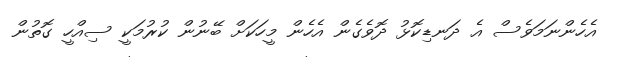
އެހެންނަމަވެސް އެ ދަނޑިކޮޅު ދޮވެގެން އެހެން މީހަކަށް ބޭނުން ކުރުމަކީ ސިއްހީ ގޮތުން